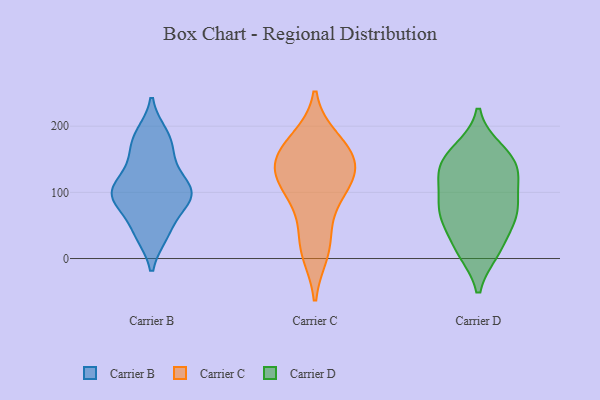
{"axis": {"x": "Backlog", "y": "Value"}, "legend": ["Carrier B", "Carrier C", "Carrier D"], "data": [{"x": "", "y": 108, "type": "Carrier B"}, {"x": "", "y": 41, "type": "Carrier B"}, {"x": "", "y": 37, "type": "Carrier B"}, {"x": "", "y": 124, "type": "Carrier B"}, {"x": "", "y": 187, "type": "Carrier B"}, {"x": "", "y": 88, "type": "Carrier B"}, {"x": "", "y": 177, "type": "Carrier B"}, {"x": "", "y": 94, "type": "Carrier B"}, {"x": "", "y": 93, "type": "Carrier B"}, {"x": "", "y": 95, "type": "Carrier B"}, {"x": "", "y": 154, "type": "Carrier B"}, {"x": "", "y": 113, "type": "Carrier C"}, {"x": "", "y": 147, "type": "Carrier C"}, {"x": "", "y": 11, "type": "Carrier C"}, {"x": "", "y": 82, "type": "Carrier C"}, {"x": "", "y": 25, "type": "Carrier C"}, {"x": "", "y": 123, "type": "Carrier C"}, {"x": "", "y": 157, "type": "Carrier C"}, {"x": "", "y": 163, "type": "Carrier C"}, {"x": "", "y": 121, "type": "Carrier C"}, {"x": "", "y": 178, "type": "Carrier C"}, {"x": "", "y": 11, "type": "Carrier D"}, {"x": "", "y": 13, "type": "Carrier D"}, {"x": "", "y": 12, "type": "Carrier D"}, {"x": "", "y": 56, "type": "Carrier D"}, {"x": "", "y": 149, "type": "Carrier D"}, {"x": "", "y": 57, "type": "Carrier D"}, {"x": "", "y": 69, "type": "Carrier D"}, {"x": "", "y": 121, "type": "Carrier D"}, {"x": "", "y": 131, "type": "Carrier D"}, {"x": "", "y": 143, "type": "Carrier D"}, {"x": "", "y": 72, "type": "Carrier D"}, {"x": "", "y": 82, "type": "Carrier D"}, {"x": "", "y": 74, "type": "Carrier D"}, {"x": "", "y": 162, "type": "Carrier D"}, {"x": "", "y": 128, "type": "Carrier D"}, {"x": "", "y": 164, "type": "Carrier D"}, {"x": "", "y": 109, "type": "Carrier D"}]}